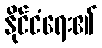
နိုင်ငံရေး၏